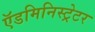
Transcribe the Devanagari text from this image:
ऍडमिनिस्ट्रेटर